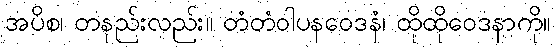
အပိစ၊ တနည်းလည်း။ တံတံဝါပနဝေဒနံ၊ ထိုထိုဝေဒနာကို။